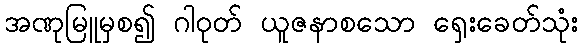
အဏုမြူမှစ၍ ဂါဝုတ် ယူဇနာစသော ရှေးခေတ်သုံး